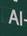
al